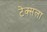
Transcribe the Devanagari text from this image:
टेक्सला